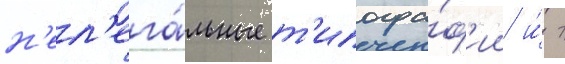
н'ел'ега́льные т'ипогра́ф'ии и́ т